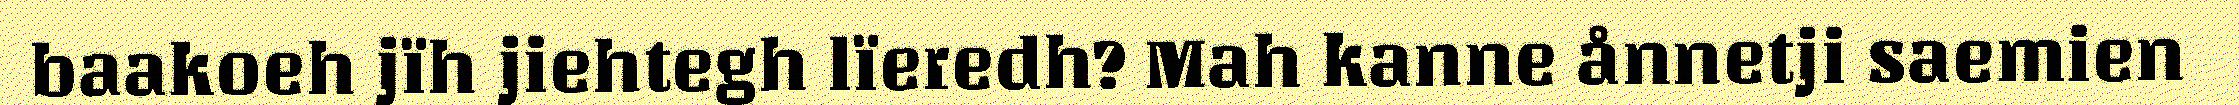
baakoeh jïh jiehtegh lïeredh? Mah kanne ånnetji saemien